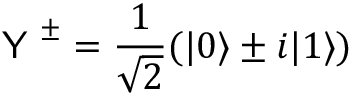
\textsf { Y } ^ { \pm } = \frac { 1 } { \sqrt { 2 } } ( \vert 0 \rangle \pm i \vert 1 \rangle )